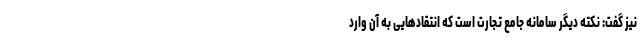
نیز گفت: نکته دیگر سامانه جامع تجارت است که انتقادهایی به آن وارد